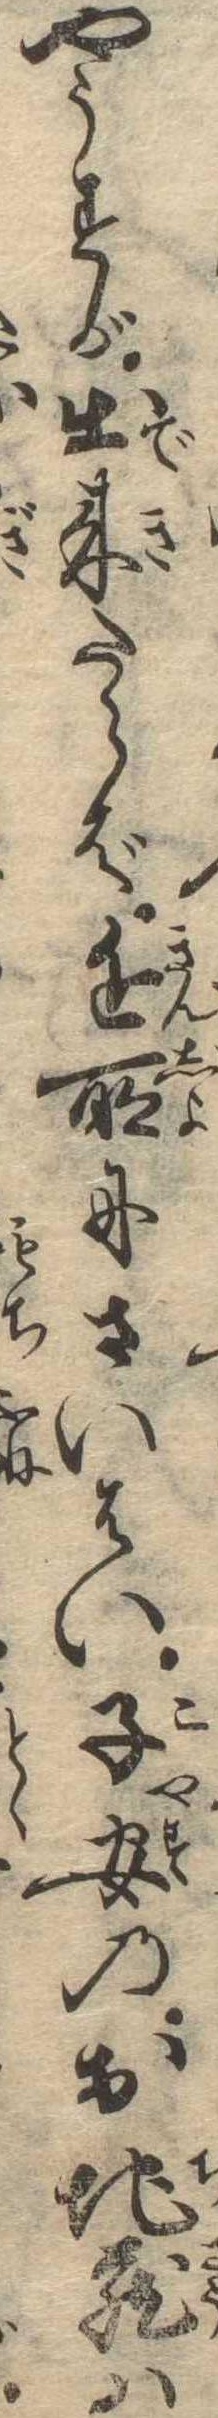
やうすが出来たらば近所にさいはい子安のお地蔵は